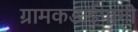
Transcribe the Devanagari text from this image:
ग्रामकडाईपानी